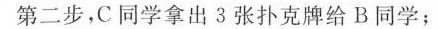
第二步，C同学拿出3张扑克牌给B同学；